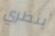
بنظري